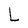
Character: L